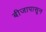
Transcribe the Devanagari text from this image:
बीजापासून